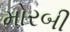
મોરબી